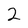
Character: 2